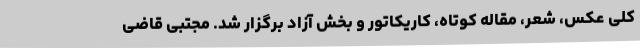
کلی عکس، شعر، مقاله کوتاه، کاریکاتور و بخش آزاد برگزار شد. مجتبی قاضی